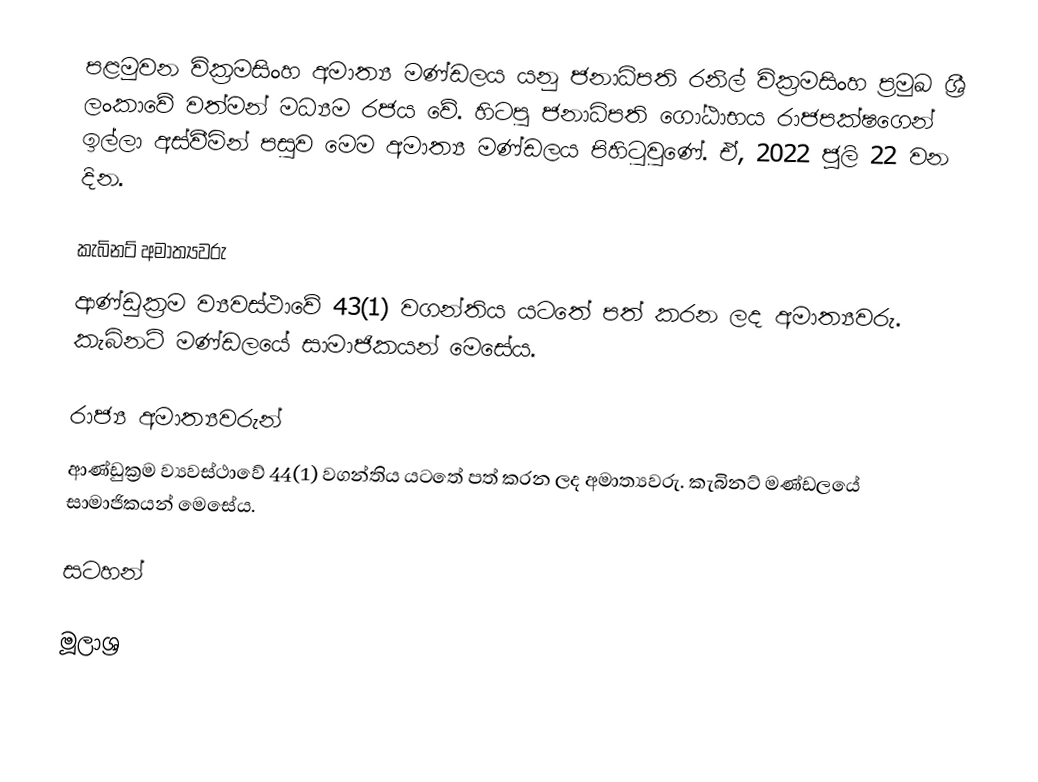
පළමුවන වික්‍රමසිංහ අමාත්‍ය මණ්ඩලය යනු ජනාධිපති රනිල් වික්‍රමසිංහ ප්‍රමුඛ ශ්‍රී ලංකාවේ වත්මන් මධ්‍යම රජය වේ. හිටපු ජනාධිපති ගෝඨාභය රාජපක්ෂගෙන් ඉල්ලා අස්වීමින් පසුව මෙම අමාත්‍ය මණ්ඩලය පිහිටුවුණේ. ඒ, 2022 ජූලි 22 වන දින.

කැබිනට් අමාත්‍යවරු
ආණ්ඩුක්‍රම ව්‍යවස්ථාවේ 43(1) වගන්තිය යටතේ පත් කරන ලද අමාත්‍යවරු. කැබිනට් මණ්ඩලයේ සාමාජිකයන් මෙසේය.

රාජ්‍ය අමාත්‍යවරුන්
ආණ්ඩුක්‍රම ව්‍යවස්ථාවේ 44(1) වගන්තිය යටතේ පත් කරන ලද අමාත්‍යවරු. කැබිනට් මණ්ඩලයේ සාමාජිකයන් මෙසේය.

සටහන්

මූලාශ්‍ර